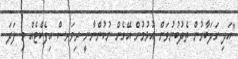
"އަދި ގަދަބާރުން ތެދުބުނުވަން އުޅުމުން އޭގެން ނުކުންނާނީ ރިވަރސް އިފެކްޓެއް މި ފަދަ